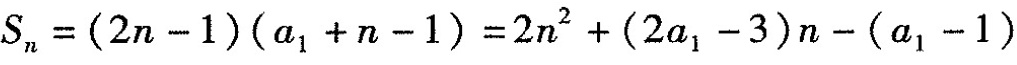
$$S _ { n } = ( 2 n - 1 ) ( a _ { 1 } + n - 1 ) = 2 n ^ { 2 } + ( 2 a _ { 1 } - 3 ) n - ( a _ { 1 } - 1 )$$